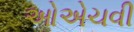
ઓએચવી